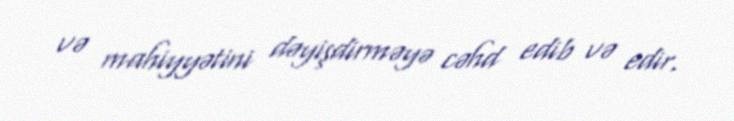
və mahiyyətini dəyişdirməyə cəhd edib və edir.